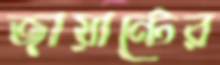
জায়ান্টের